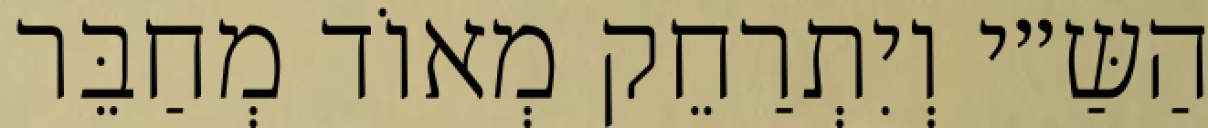
הַשַּ״י וְיִתְרַחֵק מְאוֹד מְחַבֵּר